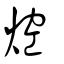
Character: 焢